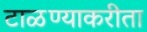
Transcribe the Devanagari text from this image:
टाळण्याकरीता